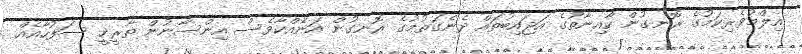
އިލްމުވެރިކަމުގެ ރޮނގުން ކާއިނާތުގެ އަޖައިބުތައް ދެނެގަތުމުގެ ރޮނގުން އަނެއްކާވެސް އިންސާނުން ތާރީޚީ ސަފުހާއެއް